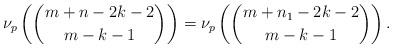
LaTeX: \begin{align*}\nu_p \left( \binom{m+n-2k-2}{m-k-1}\right)=\nu_p \left( \binom{m+n_1-2k-2}{m-k-1} \right).\end{align*}